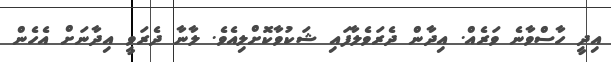
އިދީ ހާސްވާނެ ވަރެއް. އިދާން ދެރަވެލާފައި ޝަކުވާކޮށްލިއެވެ. ލާނާ ދެރަވީ އިދާނަށް އެހެން